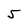
Character: 5